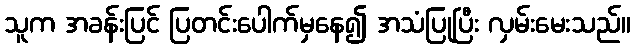
သူက အခန်းပြင် ပြတင်းပေါက်မှနေ၍ အသံပြုပြီး လှမ်းမေးသည်။